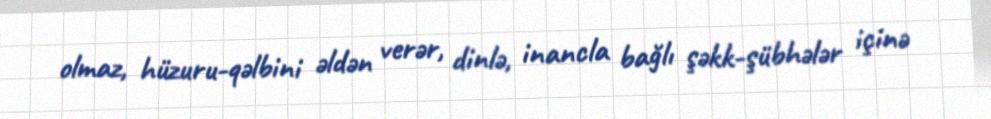
olmaz, hüzuru-qəlbini əldən verər, dinlə, inancla bağlı şəkk-şübhələr içinə